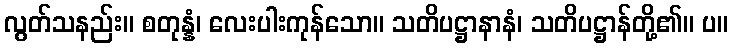
လွတ်သနည်း။ စတုန္နံ၊ လေးပါးကုန်သော။ သတိပဋ္ဌာနာနံ၊ သတိပဋ္ဌာန်တို့၏။ ပ။